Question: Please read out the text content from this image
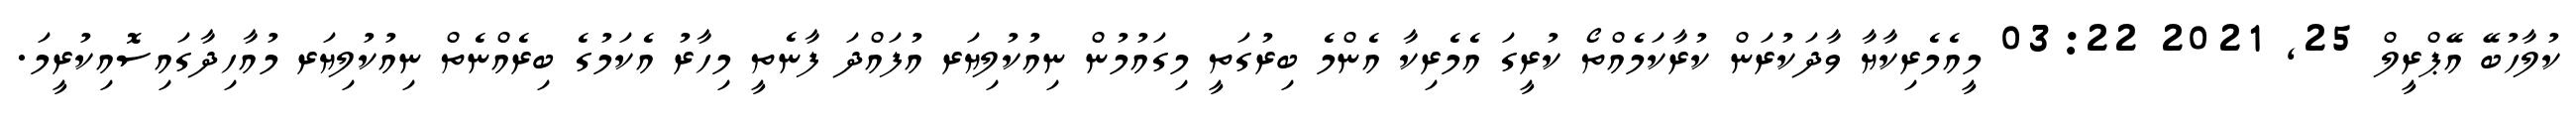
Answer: ކުލާހުބޭ އޭޕްރީލް 25, 2021 03:22 މީއެމެރިކާޔާ ވާދަކުރަން ކުރާކަމެއްތޯ ކުރީގަ އެމެރިކާ އެންމެ ބިރުގަތީ މިގައުމުން ނިއުކުލިޔަރ އުފައްދަ ފާނެތީ މިހާރު އެކަމުގެ ބިރެއްނެތް ނިއުކުލިޔަރ މުއާހިދާގައިސޮއިކުރީމަ.